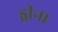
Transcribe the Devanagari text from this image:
ड्वीना